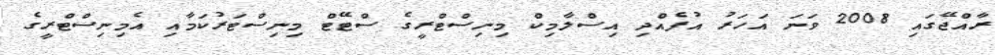
ރާއްޖޭގައި 2008 ވަނަ އަހަރު އުފެއްދި އިސްލާމިކް މިނިސްޓްރީގެ ސްޓޭޓް މިނިސްޓަރުކަމާއި އެމިނިސްޓްރީގެ